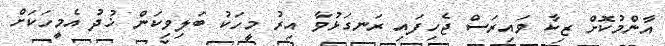
އާންމުކޮށް ޒިކާ ވައިރަސް ޖެހިފައި ރަނގަޅުވާ އިރު މީހަކު ބަލިވިކަން ޚުދު އެމީހަކަށް